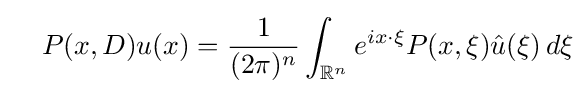
\quad P(x,D)u(x)={\frac {1}{(2\pi )^{n}}}\int _{\mathbb {R} ^{n}}e^{ix\cdot \xi }P(x,\xi ){\hat {u}}(\xi )\,d\xi